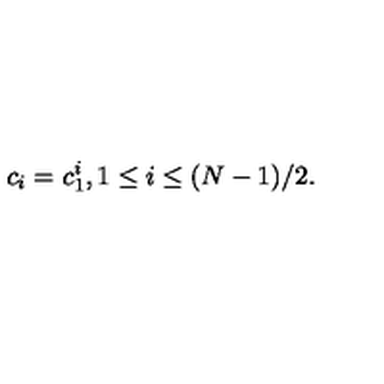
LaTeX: c _ { i } = c _ { 1 } ^ { i } , 1 \leq i \leq ( N - 1 ) / 2 .